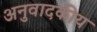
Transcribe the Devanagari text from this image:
अनुवादकीय